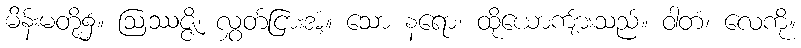
မိန်းမတို့၌။ ဩဿဇ္ဇိ၊ လွှတ်ငြားအံ့။ သော နရော၊ ထိုယောကျ်ားသည်။ ဝါတံ၊ လေကို။